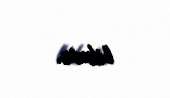
bilmir.